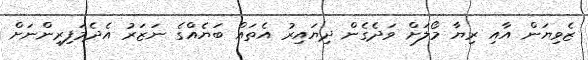
ޒެވިޔަން އާއި ރިޔާ މޯލަށް ވަދެގެން ދިޔައިރު އެތައް ބަޔެއްގެ ނަޒަރު އެދެމަފިރިންނަށް